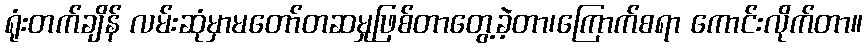
ရုံးတက်ချိန် လမ်းဆုံမှာမတော်တဆမှုဖြစ်တာတွေ့ခဲ့တာ၊ကြောက်စရာ ကောင်းလိုက်တာ။